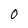
Character: O